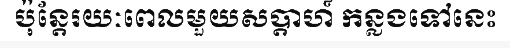
ប៉ុន្តែរយៈពេលមួយសប្តាហ៍ កន្លងទៅនេះ